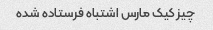
چیز کیک مارس اشتباه فرستاده شده